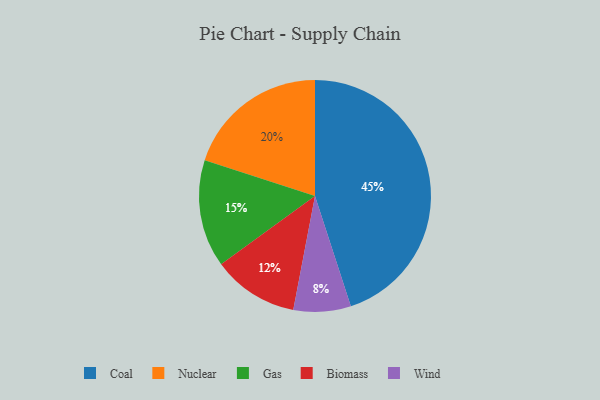
{"axis": {"x": "Category", "y": "Percentage"}, "legend": ["Biomass", "Coal", "Gas", "Nuclear", "Wind"], "data": [{"x": "Biomass", "y": 12, "type": "Biomass"}, {"x": "Coal", "y": 45, "type": "Coal"}, {"x": "Nuclear", "y": 20, "type": "Nuclear"}, {"x": "Wind", "y": 8, "type": "Wind"}, {"x": "Gas", "y": 15, "type": "Gas"}]}